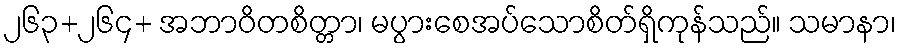
၂၆၃+၂၆၄+ အဘာဝိတစိတ္တာ၊ မပွားစေအပ်သောစိတ်ရှိကုန်သည်။ သမာနာ၊